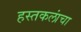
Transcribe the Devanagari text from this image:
हस्तकलांचा